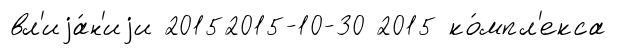
вл'иjа́н'иjи 20152015-10-30 2015 ко́мпл'екса